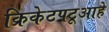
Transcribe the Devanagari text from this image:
क्रिकेटपटूआहे